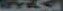
مكتب